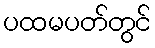
ပထမပတ်တွင်